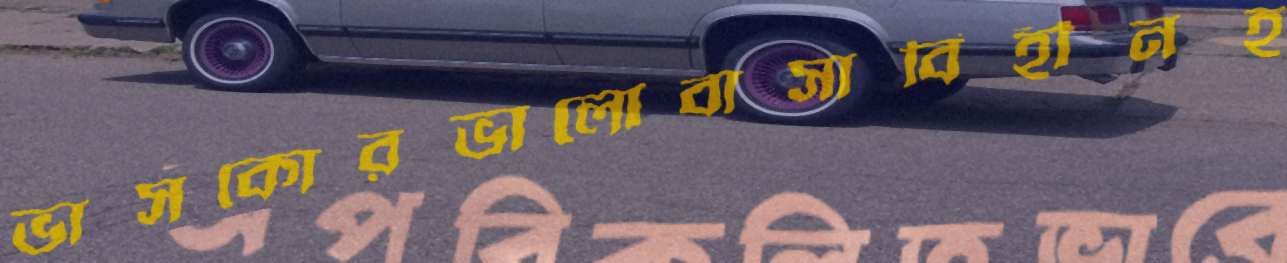
ভাসকোরভালোবাসাবিহীনহ